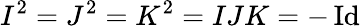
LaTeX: I^{2}=J^{2}=K^{2}=IJK=-\operatorname{Id}